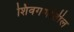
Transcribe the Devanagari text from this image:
शिवगणांतील